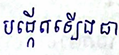
បង្កើតឡើងជា